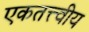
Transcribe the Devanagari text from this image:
एकतत्त्वीय